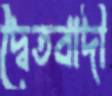
দ্বৈতবাদী